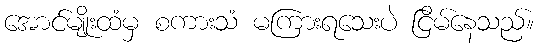
အောင်မျိုးထံမှ စကားသံ မကြားရသေးပဲ ငြိမ်နေသည်။